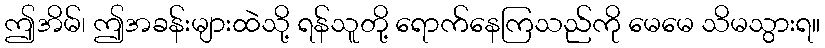
ဤအိမ်၊ ဤအခန်းများထဲသို့ ရန်သူတို့ ရောက်နေကြသည်ကို မေမေ သိမသွားရ။